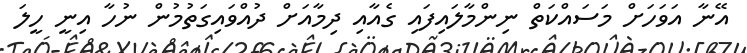
އޭނާ އަވަހަށް މަސައްކަތް ނިންމާލައިފައި ގެއާއި ދިމާއަށް ދުއްވައިގަތުމުން ނުހާ އިނީ ހީލަ